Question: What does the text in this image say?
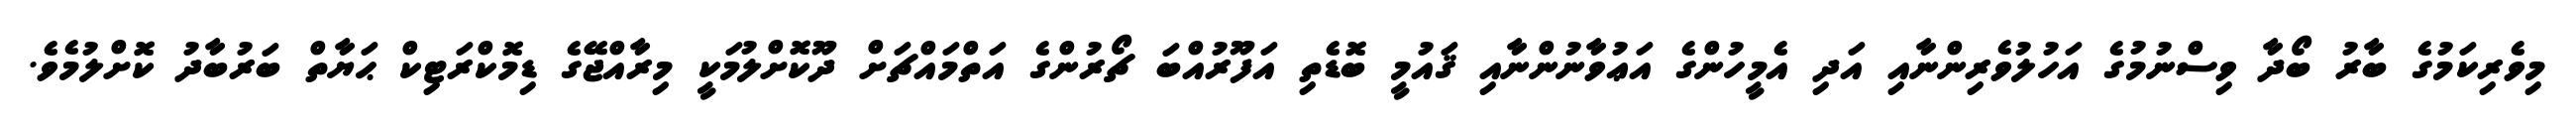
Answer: މިވެރިކަމުގެ ބާރު ބޯދާ ވިސްނުމުގެ އަހުލުވެރިންނާއި އަދި އެމީހުންގެ އަޢުވާނުންނާއި ޤައުމީ ބޮޑެތި އަފޫރުއްބަ ޗޯރުންގެ އަތްމައްޗަށް ދޫކޮށްލުމަކީ މިރާއްޖޭގެ ޑިމޮކްރަޓިކް ޙަޔާތް ބަރުބާދު ކޮށްލުމެވެ.